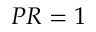
P R = 1